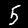
Label: 5